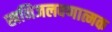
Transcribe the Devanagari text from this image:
खनिजलवणात्मक